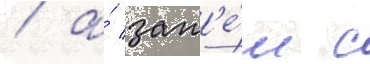
/ а́ зат'е́м с